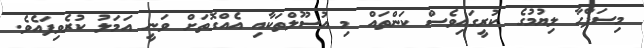
މިސަފްހާ ލިޔުމުގެ ކުރީގައިވެސް ކަންތައް މި އުސޫލްތަކާއި އެއްގޮތަށް ވަނީ އަމަލު ކުރެވިފައެވެ.